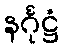
နင်္ဂုဋ္ဌံ